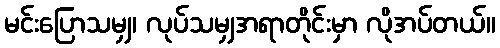
မင်းပြောသမျှ၊ လုပ်သမျှအရာတိုင်းမှာ လိုအပ်တယ်။